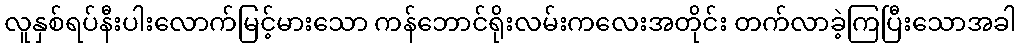
လူနှစ်ရပ်နီးပါးလောက်မြင့်မားသော ကန်ဘောင်ရိုးလမ်းကလေးအတိုင်း တက်လာခဲ့ကြပြီးသောအခါ